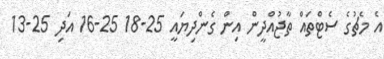
އެ މެޗުގެ ސެޓްތައް ތާޖުއްދީން އިން ގެންދިޔައީ 25-18 25-16 އަދި 25-13